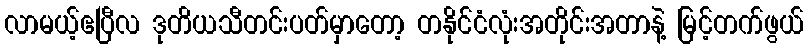
လာမယ့်ဧပြီလ ဒုတိယသီတင်းပတ်မှာတော့ တနိုင်ငံလုံးအတိုင်းအတာနဲ့ မြင့်တက်ဖွယ်